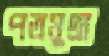
পত্রমুদ্রা